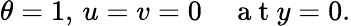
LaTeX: \theta=1,\, u=v=0\quad\mathrm{~a~t~}y=0.